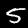
Label: 5